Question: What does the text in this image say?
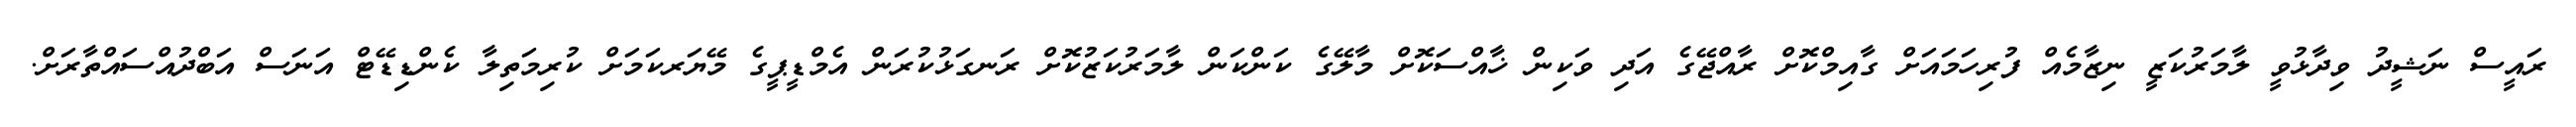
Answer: ރައީސް ނަޝީދު ވިދާޅުވީ ލާމަރުކަޒީ ނިޒާމެއް ފުރިހަމައަށް ގާއިމްކޮށް ރާއްޖޭގެ އަދި ވަކިން ޚާއްސަކޮށް މާލޭގެ ކަންކަން ލާމަރުކަޒުކޮށް ރަނގަޅުކުރަން އެމްޑީޕީގެ މޭޔަރކަމަށް ކުރިމަތިލާ ކެންޑިޑޭޓް އަނަސް އަބްދުއްސައްތާރަށް.